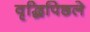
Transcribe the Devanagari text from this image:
वृद्धिपिछले